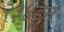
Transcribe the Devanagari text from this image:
२३४हून